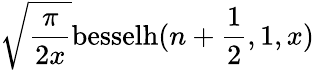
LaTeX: \sqrt{\frac{\pi}{2x}}\mathrm{besselh}(n+\frac{1}{2},1,x)